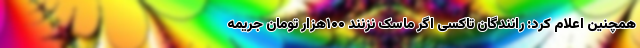
همچنین اعلام کرد: رانندگان تاکسی اگر ماسک نزنند ۱۰۰هزار تومان جریمه